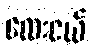
လေးငယ်